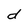
Character: d